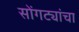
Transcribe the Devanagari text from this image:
सोंगट्यांचा